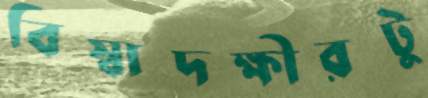
বিস্বাদক্ষীরটু